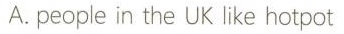
A.people in the UK like hotpot